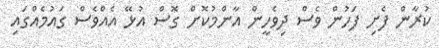
ކުރާން ފެށި ފަހުން ވެސް ދިވެހީން އާންމުކޮށް ގޮސް އުޅޭ އެއްވެސް ގައުމެއްގައި